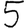
Digit: 5